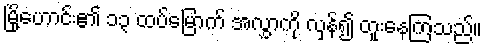
မြို့ဟောင်း၏ ၁၃ ထပ်မြောက် အလွှာကို လှန်၍ တူးနေကြသည်။